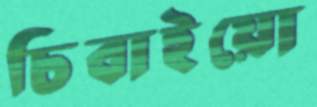
চিবাইয়ো